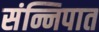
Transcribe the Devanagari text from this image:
संन्निपात